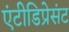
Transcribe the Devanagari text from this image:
एंटीडिप्रेसंट